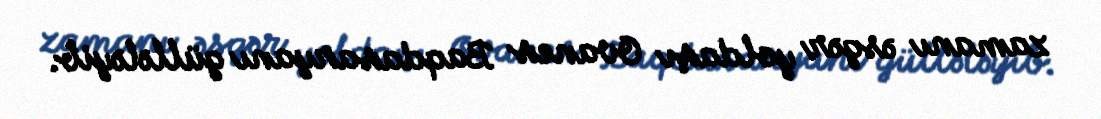
zamanı əsgər yoldaşı Ovanes Baqdasaryanı güllələyib.